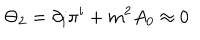
\Theta _ { 2 } = \partial _ { i } \pi ^ { i } + m ^ { 2 } A _ { 0 } \approx 0